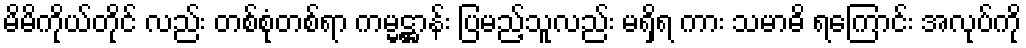
မိမိကိုယ်တိုင် လည်း တစ်စုံတစ်ရာ ကမ္မဋ္ဌာန်း ပြမည့်သူလည်း မရှိရ ကား သမာဓိ ရကြောင်း အလုပ်ကို